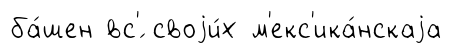
ба́шен вс'́ своjи́х м'екс'ика́нскаjа